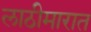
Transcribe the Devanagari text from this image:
लाठीमारात